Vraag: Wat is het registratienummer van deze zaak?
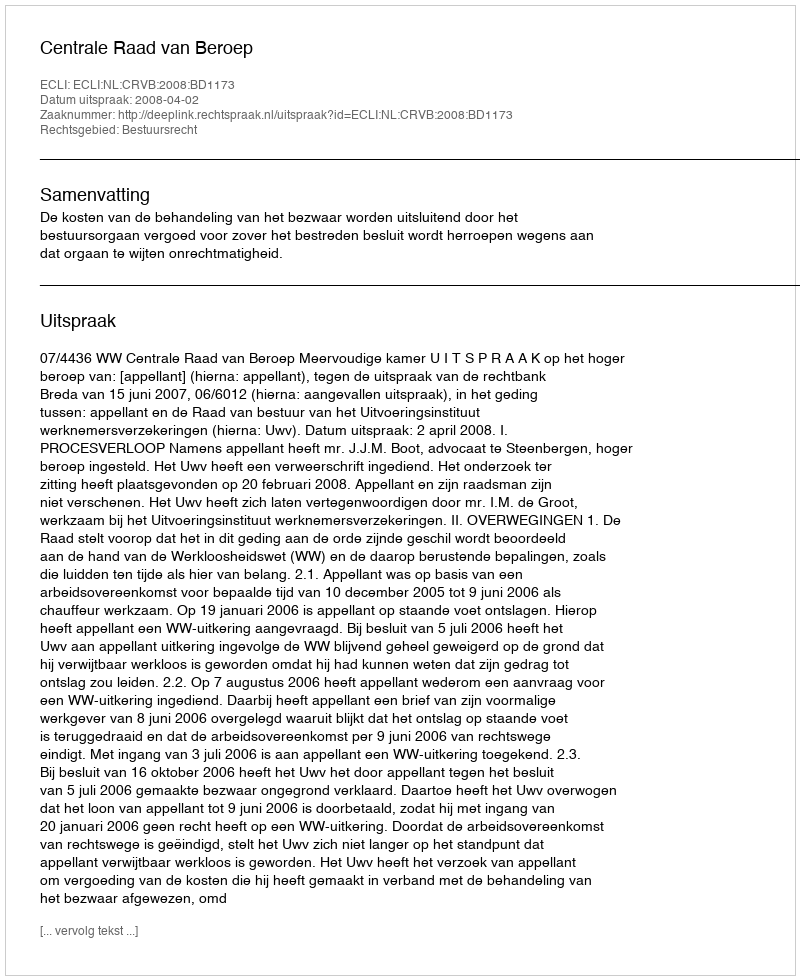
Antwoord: http://deeplink.rechtspraak.nl/uitspraak?id=ECLI:NL:CRVB:2008:BD1173